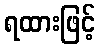
ရထားဖြင့်